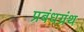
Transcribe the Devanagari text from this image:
प्रबंधग्रंथ